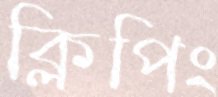
ক্লিপিং